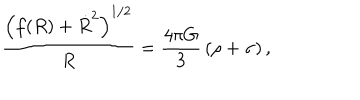
\frac { \left( f ( R ) + \dot { R } ^ { 2 } \right) ^ { 1 / 2 } } { R } = \frac { 4 \pi G } { 3 } \, ( \rho + \sigma ) \, ,